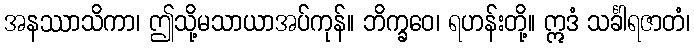
အနဿာသိကာ၊ ဤသို့မသာယာအပ်ကုန်။ ဘိက္ခဝေ၊ ရဟန်းတို့။ ဣဒံ သင်္ခါရဇာတံ၊